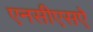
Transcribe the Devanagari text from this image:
एनसीएसऐ